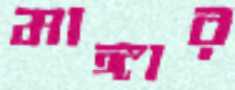
মাঙ্গার